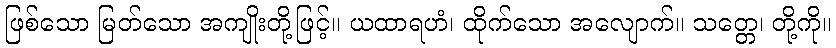
ဖြစ်သော မြတ်သော အကျိုးတို့ဖြင့်။ ယထာရဟံ၊ ထိုက်သော အလျောက်။ သတ္တေ၊ တို့ကို။